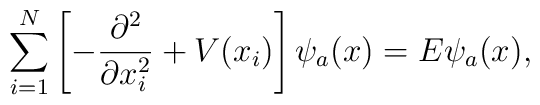
\sum_{i=1}^{N}\left[ - \frac{\partial^{2} }{\partial x_{i}^{2} }+ V(x_{i})\right] \psi_a (x) = E \psi_a (x),